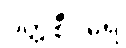
ပတ္တစီဝရေ